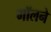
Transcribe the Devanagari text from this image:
गॉलने